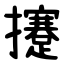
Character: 攓